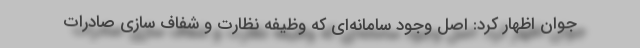
جوان اظهار کرد: اصل وجود سامانه‌ای که وظیفه نظارت و شفاف سازی صادرات